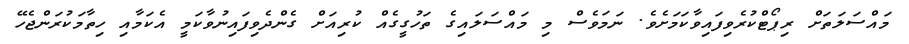
މައްސަލަތަށް ރިޕޯޓްކުރެވިފައިވާކަމަށެވެ. ނަމަވެސް މި މައްސަލައިގެ ތަހުގީގެއް ކުރިއަށް ގެންދެވިފައިނުވާކަމީ އެކަމާއި ހިތާމަކުރަންޖެހޭ